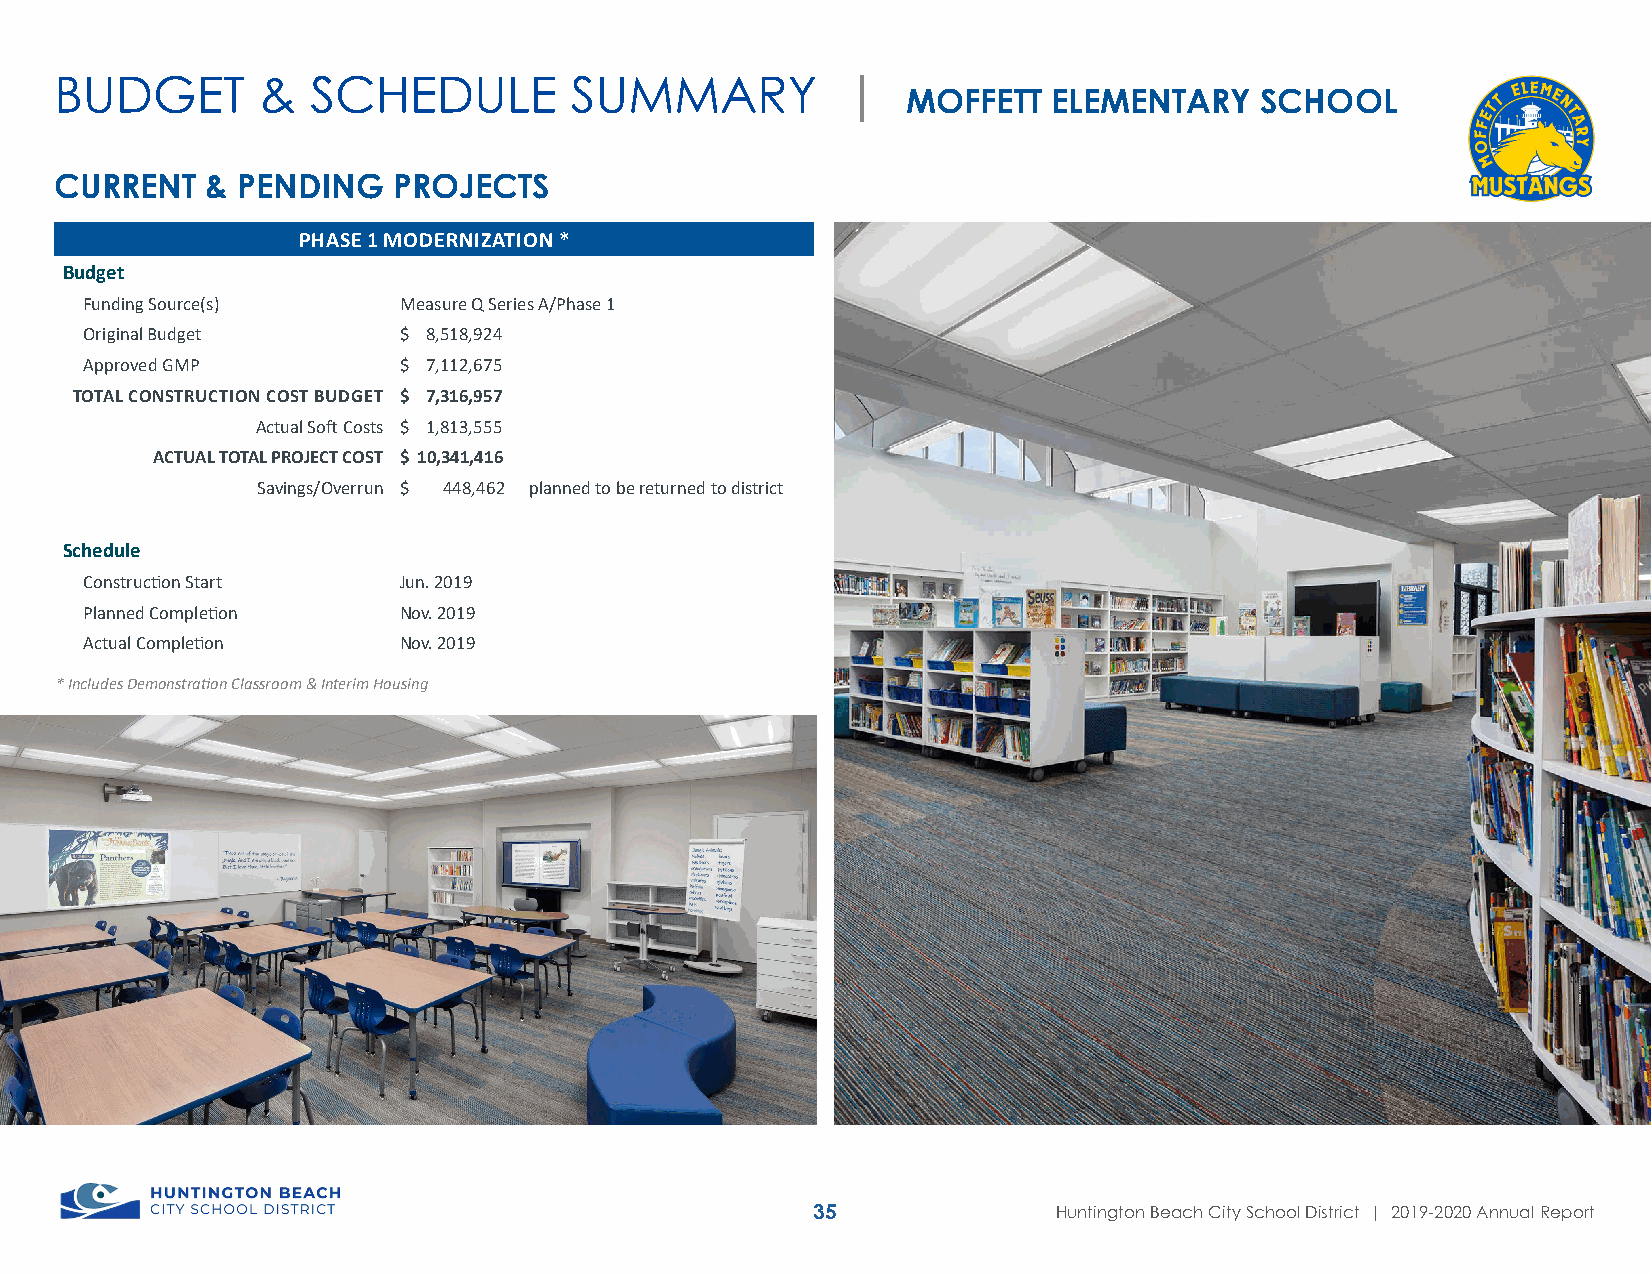
BUDGET       &   SCHEDULE         SUMMARY           |
 MOFFETT   ELEMENTARY   SCHOOL
 CURRENT   & PENDING   PROJECTS
 PHASE 1 MODERNIZATION *
 Budget
 Funding Source(s)   Measure Q Series A/Phase 1
 Original Budget     $ 8,518,924
 Approved GMP        $ 7,112,675
 TOTAL CONSTRUCTION COST BUDGET $ 7,316,957
 Actual Soft Costs $ 1,813,555
 ACTUAL TOTAL PROJECT COST $ 10,341,416
 Savings/Overrun $ 448,462 planned to be returned to district
 Schedule
 Construction Start  Jun. 2019
 Planned Completion  Nov. 2019
 Actual Completion   Nov. 2019
 * Includes Demonstration Classroom & Interim Housing
 35              Huntington Beach City School District | 2019-2020 Annual Report